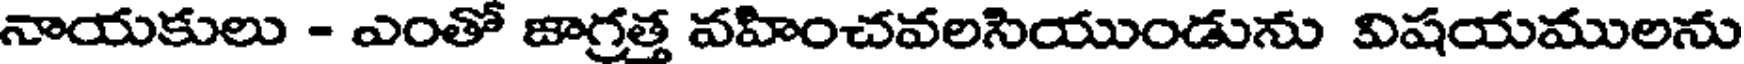
నాయకులు - ఎంతో జాగ్రత్త వహించవలసియుండును విషయములను